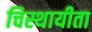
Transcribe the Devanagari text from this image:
चिस्थायीता